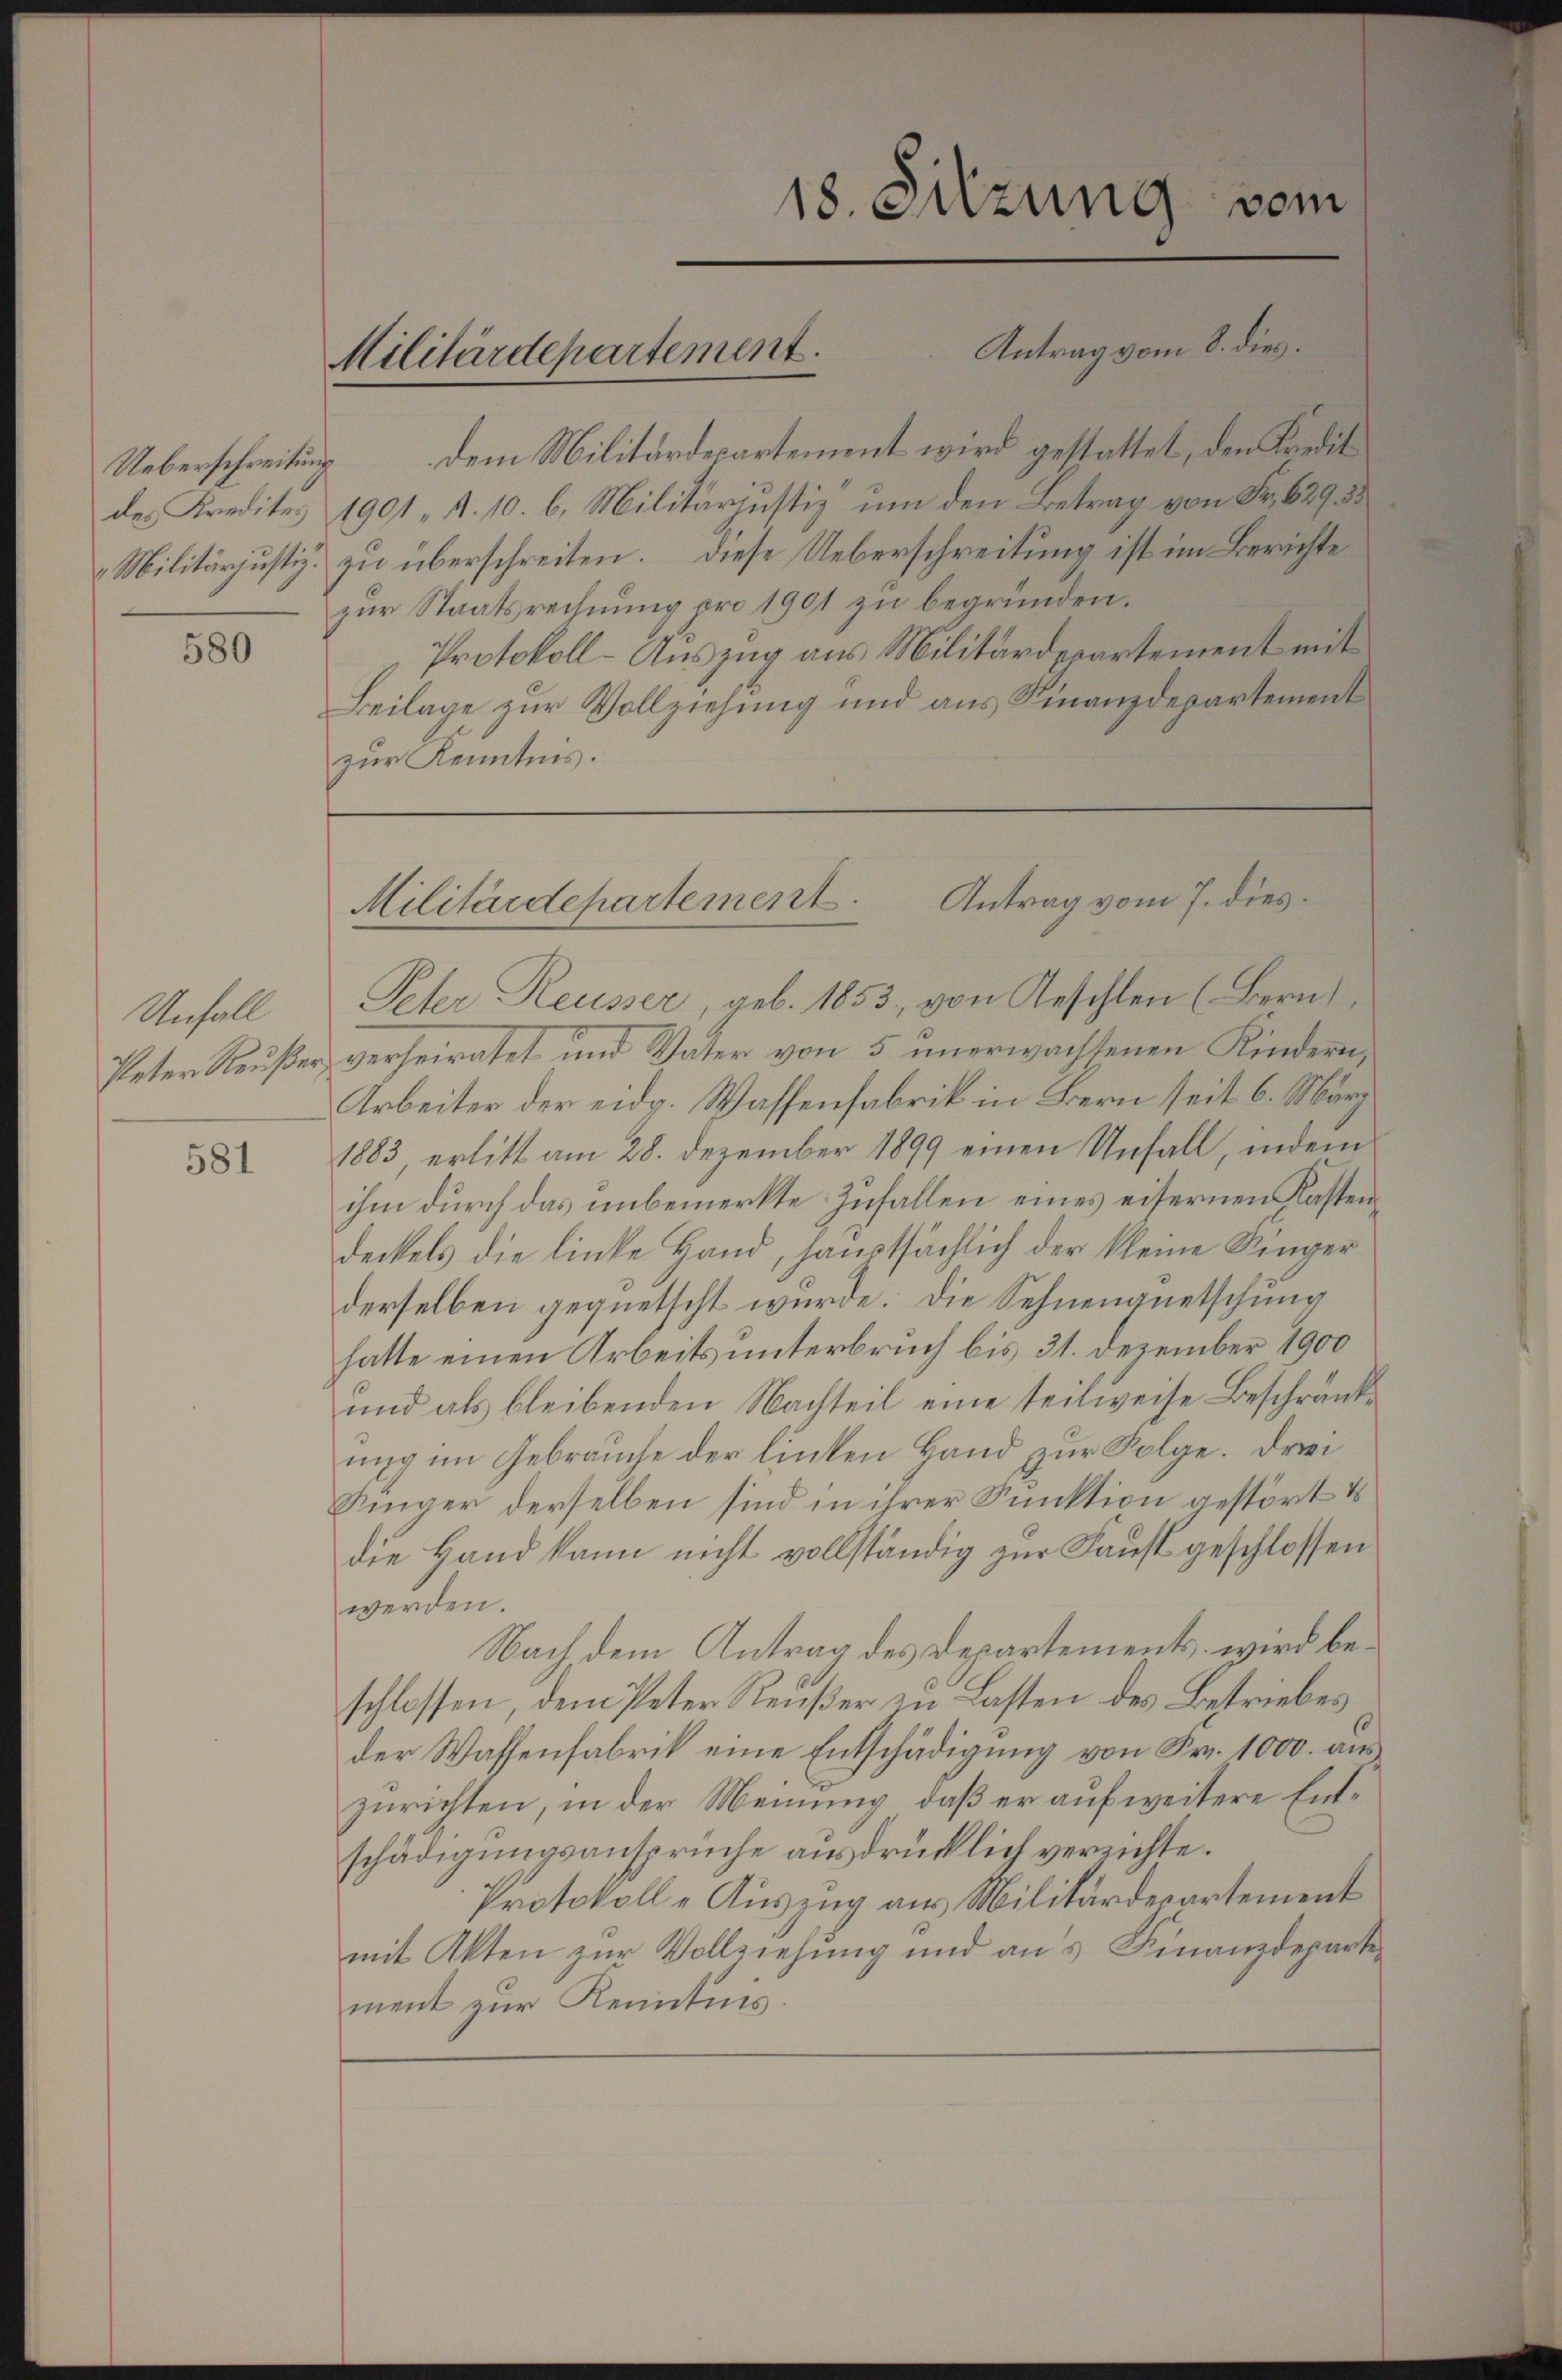
Ueberschreitung
des Kredites
 Militärjustiz.

580

Unfall
Peter Reußer

581

dem Militärdepartement wird gestattet, den Kredit
1901, d. 10. 6. Militarjustiz um den Betrag von Fr. 629, 35
zu überschreiten. Diese Ueberschreitung ist im Berichte
zur Staatsrechnung pro 1901 zu begründen.
Protokoll-Auszug aus Militärdepartement mit
Beilage zur Vollziehung und aus Finanzdepartement
zur Kenntnis.

Militärdepartement.

vom
18. Sitzung
Antrag vom 8. dies

Antrag vom 7. dies
Militärdepartement.

Peter Reusser, geb. 1853, von Geschlen (Bern
verheiratet und Vater von 5 unerwachtenen Kindern,
Arbeiter der eidg. Wassenfabrik in Bern seit 6. März
1883, erlitt am 28. Dezember 1899 einen Unfall, indem
ihm durch das unbemerkte Zufallen eines eisernen Kastendeckels die linke Hand, hauptsächlich der kleine Finger
derselben gequetscht wurde. Die Sehnenauetschung
hatte einen Arbeits unterbruch bis 31. Dezember 1900
und als bleibenden Nachteil eine teilweise Beschränkung im Gebrauche der linken Hand zur Folge. Drei¬
Finger derselben sind in ihrer Punktion gestört u
die Hand kann nicht vollständig zur Faust geschlossen
werden.
Nach dem Antrag des Departements, wird beschlossen, dem Peter Reußer zu Lasten des Betriebes
der Wassenfabrik eine Entschädigung von Fr. 1000. aus
zurichten, in der Meinung, daß er auf weitere Entschädigungsansprüche ausdrücklich verrichte.
Protokolle Auszug aus Militärdepartement
mit Akten zur Vollziehung und aus Finanzdepartement zur Kenntnis